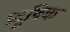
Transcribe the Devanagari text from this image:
प्रदूषिक